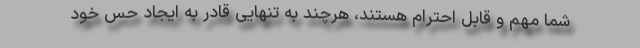
شما مهم و قابل احترام هستند، هرچند به تنهایی قادر به ایجاد حس خود